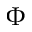
\boldsymbol { \Phi }